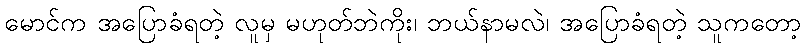
မောင်က အပြောခံရတဲ့ လူမှ မဟုတ်ဘဲကိုး၊ ဘယ်နာမလဲ၊ အပြောခံရတဲ့ သူကတော့